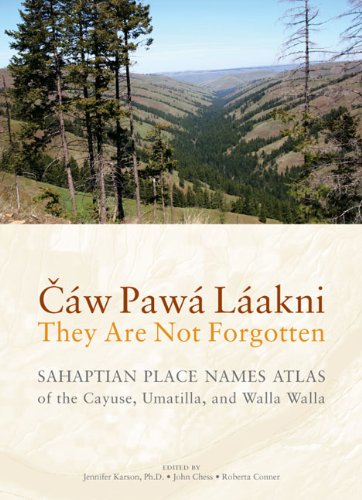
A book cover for CÃ¡w PawÃ¡ LÃ¡akni / They Are Not Forgotten: Sahaptian Place Names Atlas of the Cayuse, Umatilla, and Walla Walla; Eugene S. Hunn; History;